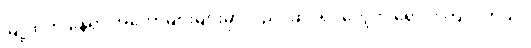
မြို့ထဲက နေရာ အတော်များများမှာလည်း ဆင်ရုပ်တွေကို ရောင်းကြ ပါတယ်။